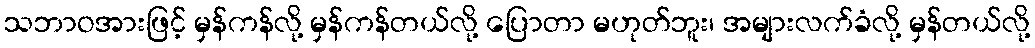
သဘာဝအားဖြင့် မှန်ကန်လို့ မှန်ကန်တယ်လို့ ပြောတာ မဟုတ်ဘူး၊ အများလက်ခံလို့ မှန်တယ်လို့